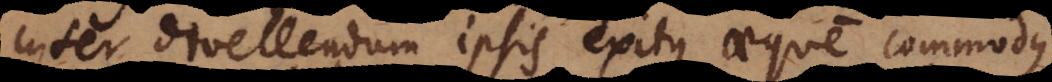
inter divellendum ipsis exitus aeque commodus